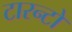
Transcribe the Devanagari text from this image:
टारन्टो